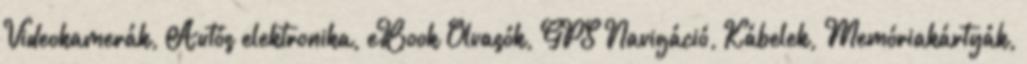
Videokamerák, Autós elektronika, eBook Olvasók, GPS Navigáció, Kábelek, Memóriakártyák,